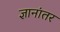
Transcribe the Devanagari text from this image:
ज्ञानांतर